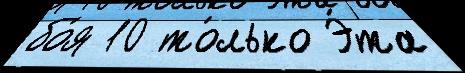
бо́я 10 то́лько Э́та